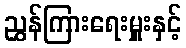
ညွှန်ကြားရေးမှူးနှင့်